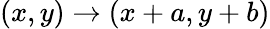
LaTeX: (x,y)\rightarrow(x+a,y+b)